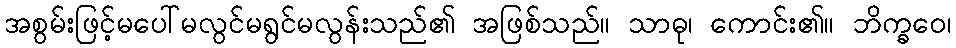
အစွမ်းဖြင့်မပေါ်မလွင်မရွင်မလွန်းသည်၏ အဖြစ်သည်။ သာဓု၊ ကောင်း၏။ ဘိက္ခဝေ၊